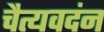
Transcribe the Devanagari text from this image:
चैत्यवदंन